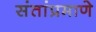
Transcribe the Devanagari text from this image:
संतांप्रमाणे